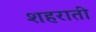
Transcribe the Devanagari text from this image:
शहराती